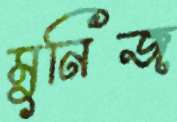
মুনিজ